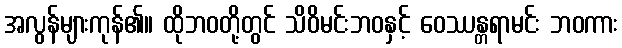
အလွန်များကုန်၏။ ထိုဘဝတို့တွင် သိဝိမင်းဘဝနှင့် ဝေဿန္တရာမင်း ဘဝကား